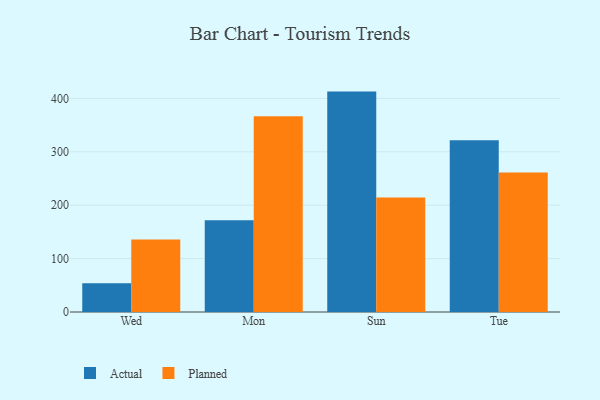
{"axis": {"x": "Day", "y": "Active Users"}, "legend": ["Actual", "Planned"], "data": [{"x": "Wed", "y": 53.9, "type": "Actual"}, {"x": "Wed", "y": 135.8, "type": "Planned"}, {"x": "Mon", "y": 171.7, "type": "Actual"}, {"x": "Mon", "y": 366.4, "type": "Planned"}, {"x": "Sun", "y": 412.8, "type": "Actual"}, {"x": "Sun", "y": 214.3, "type": "Planned"}, {"x": "Tue", "y": 321.8, "type": "Actual"}, {"x": "Tue", "y": 261.4, "type": "Planned"}]}